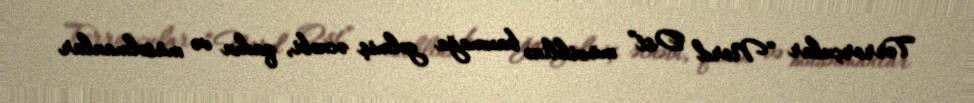
Terrorçular “Nord Ost” müziklinə baxmağa gəlmiş əcnəbi, qadın və müsəlmanlar